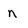
Character: n